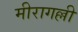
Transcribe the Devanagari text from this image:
मीरागल्ली